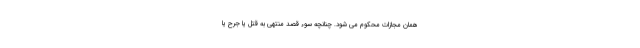
همان مجازات محکوم می ‌شود. چنانچه سوء ‌قصد منتهی به قتل یا جرح یا